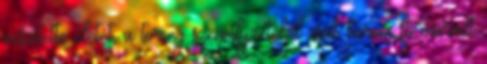
veszítette életét, a torony személyzetéből csak három fő maradt